Medical and sanitary report of the native army of Bengal for the year
Year: 1877
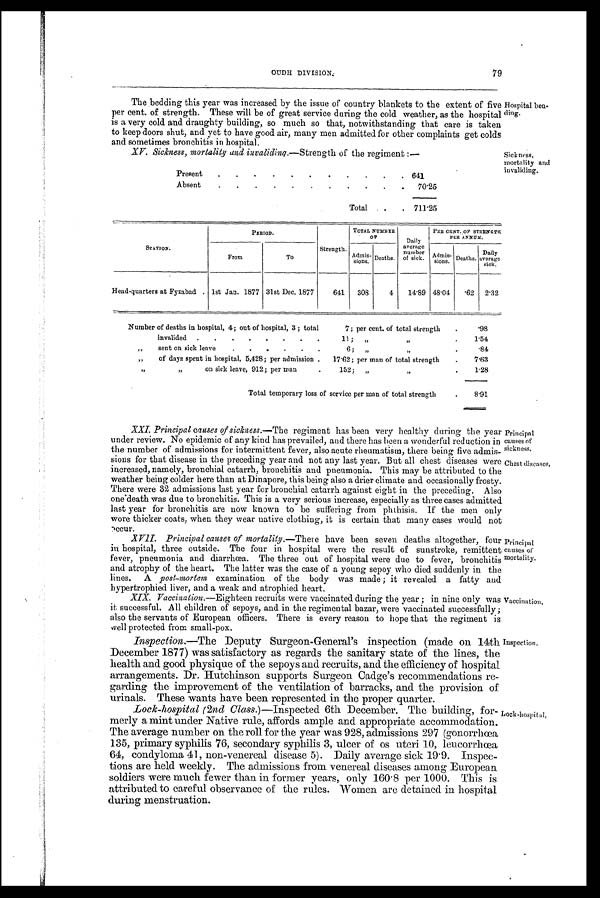
79
OUDH DIVISION.
The bedding this year was increased by the issue of' country blankets to the extent of five
per cent. of strength. These will be of great service during the cold weather, as the hospital
is a very cold and draughty building, so much so that, notwithstanding that care is taken
to keep doors shut, and yet to have good air, many men admitted for other complaints get colds
and sometimes bronchitis in hospital.
XV. Sickness, mortality and invaliding .—Strength of the regiment:—
Present
641
Absent
70.25
Total
711.25
Hospital bea-
ding.
sickness,
mortality and
invaliding.
STATION.
PERIOD.
Strength.
TOTAL NUMBER
OF
Daily
average
number
of sick.
PER CENT. OF STRENGTH
PER ANNUM.
From
To
A d m i s -
sions.
Deaths.
Admis-
sions.
Deaths.
Daily
average
sick.
Head-quarters at Fyzabad
1st Jan. 1877 31st Dec. 1877
641
308
4
14.89 48 .04 .62 2.32
Number of deaths in hospital, 4; out of hospital, 3 ; total
7; per cent. of total strength
.98
„
invalided
11;
„ „
1.54
„
sent on sick leave
6;
„
„
.84
„
of days spent in hospital, 5,428; per admission .
17'62; per man of total strength
7.63
„ „
on sick leave, 912; per man
152;
„
„
1.28
Total temporary loss of service per man of total strength
8.91
XXI. Principal ceases of sickness.— The regiment has been very healthy during the year
under review. No epidemic of any kind has prevailed, and there has been a wonderful reduction in
the number of admissions for intermittent fever, also acute rheumatism, there being five admis-
sions for that disease in the preceding year and not any last year. But all chest diseases were
increased, namely, bronchial catarrh, bronchitis and pneumonia. This may be attributed to the
weather being colder here than at Dinapore, this being also a drier climate and occasionally frosty.
There were 32 admissions last year for bronchial catarrh against eight in the preceding. Also
one death was due to bronchitis. This is a very serious increase, especially as three cases admitted
last year for bronchitis are now known to be suffering from phthisis. If the men only
wore thicker coats, when they wear native clothing, it is certain that many cases would not
occur.
XVII. Principal causes of mortality.— There have been seven deaths altogether, four
in hospital, three outside. The four in hospital were the result of sunstroke, remittent
fever, pneumonia and diarrhœa. The three out of hospital were due to fever, bronchitis
and atrophy of the heart. The latter was the case of a young sepoy who died suddenly in the
lines. A post-mortem examination of the body was made; it revealed a fatty and
hypertrophied liver, and a weak and atrophied heart.
XIX. Vaccination.—Eighteen recruits were vaccinated during the year; in nine only was
it successful. All children of sepoys, and in the regimental bazar, were vaccinated successfully;
also the servants of European officers. There is every reason to hope that the regiment is
well protected from small-pox.
Inspection. —The Deputy Surgeon-General's inspection (made on 14th
December 1877) was satisfactory as regards the sanitary state of the lines, the
health and good physique of the sepoys and recruits, and the efficiency of hospital
arrangements. Dr. Hutchinson supports Surgeon Cadge's recommendations re-
garding the improvement of the ventilation of barracks, and the provision of
urinals. These wants have been represented in the proper quarter.
Lock-hospital (2nd Class.) —Inspected 6th December. The building, for-
merly a mint under Native rule, affords ample and appropriate accommodation.
The average number on the roll for the year was 928, admissions 297 (gonorrhœa
135, primary syphilis 76, secondary syphilis 3, ulcer of os uteri 10, leucorrhœa
64, condyloma 41, non-venereal disease 5). Daily average sick 19.9. Inspec-
tions are held weekly. The admissions from venereal diseases among European
soldiers were much fewer than in former years, only 160.8 per 1000. This is
attributed to careful observance of the rules. Women are detained in hospital
during menstruation.
Principal
causes of
sickness.
Chest diseases,
Principal
causes of
mortality.
Vaccination.
Inspection.
Lock-hospital,